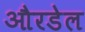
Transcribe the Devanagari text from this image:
औरडेल